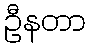
ဦနတာ